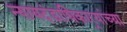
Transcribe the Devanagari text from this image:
न्यायदंडाधिकार्‍यांच्या